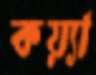
কয়্যা